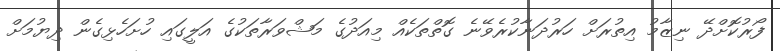
ފޯރުކޮށްދޭ ނިޒާމު އިތުރަށް ހަރުދަނާކުރެވޭނެ ގޮތްތަކެއް މިއަދުގެ މަޝްވަރާތަކުގެ އަލީގައި ހުށަހެޅިގެން ދިޔުމަށް